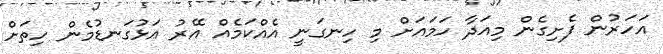
އަހަރުން ފެށިގެން މިއަދާ ހަމައަށް މި ހިނގަނީ އެއްކަމެއް އޭރު އަޅުގަނޑުމެން ހިތަށް